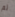
لم